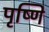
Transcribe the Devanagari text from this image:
पृष्णि